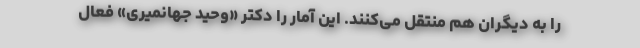
را به دیگران هم منتقل می‌کنند. این آمار را دکتر «وحید جهانمیری» فعال